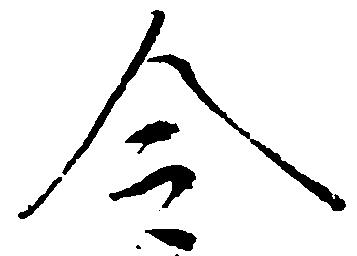
令